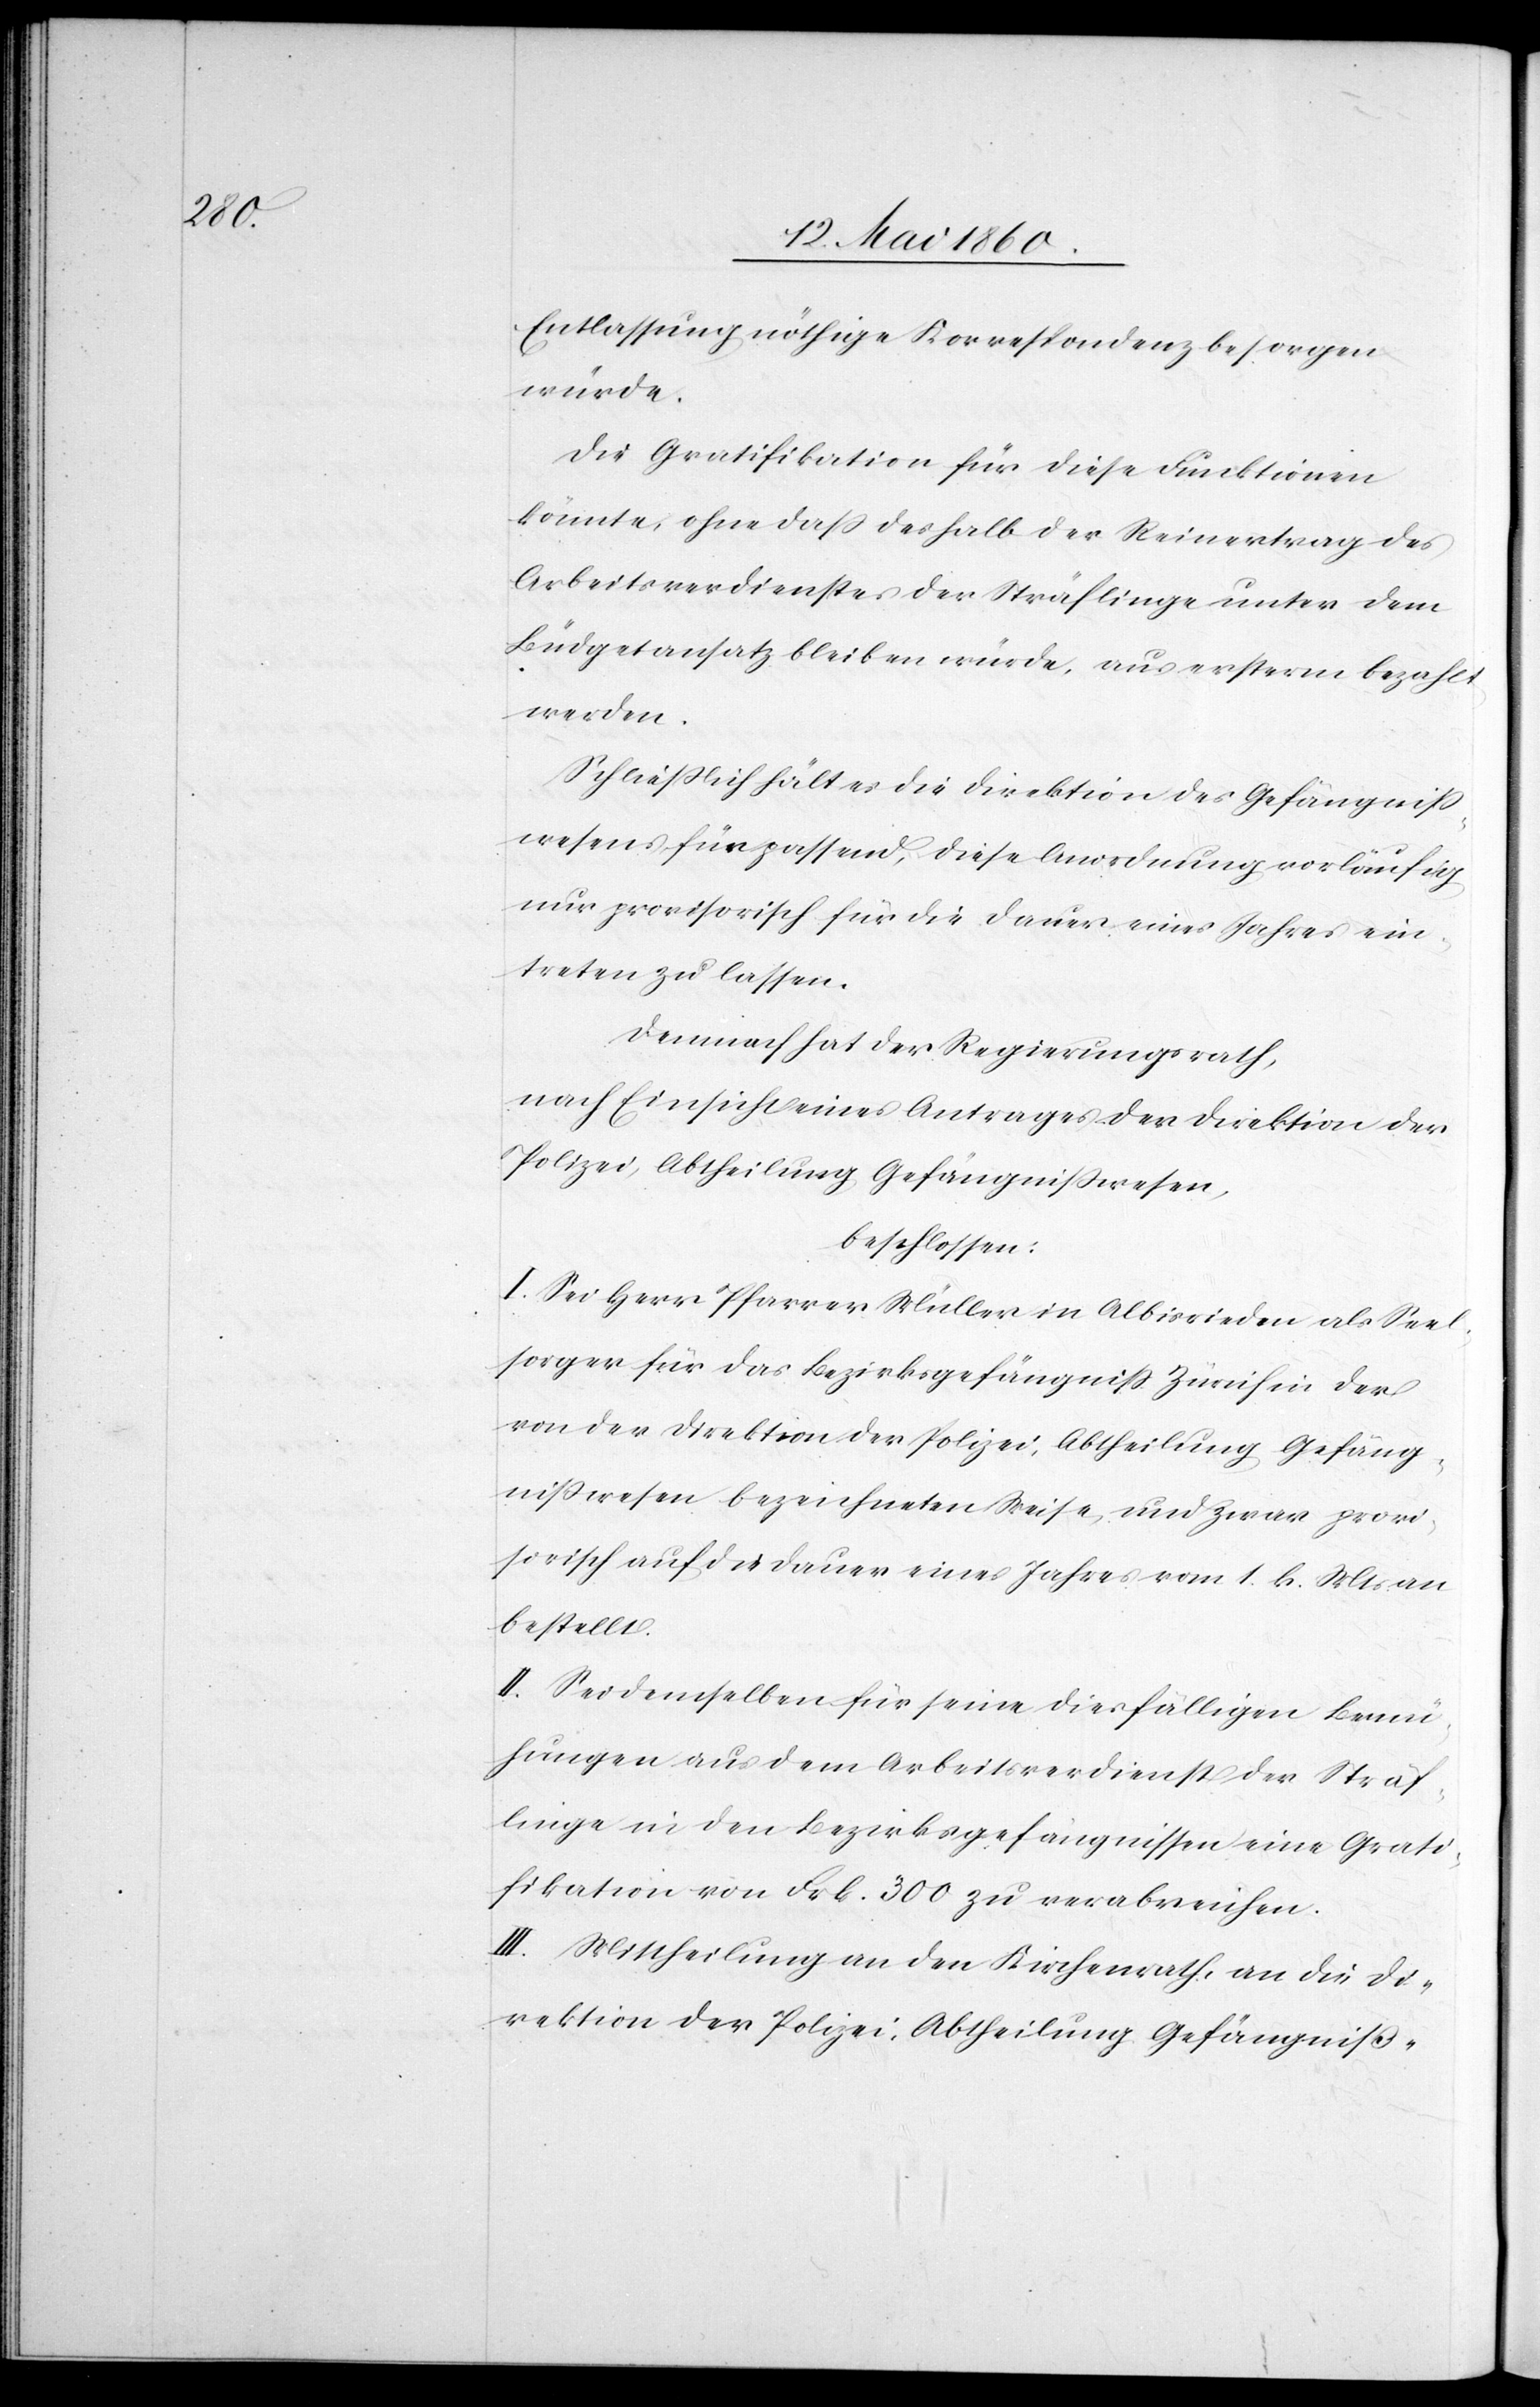
Entlassung nöthige Korrespondenz besorgen
würde.
Die Gratifikation für diese Funktionen
könnte, ohne dass deshalb der Reinertrag des
Arbeitsverdienstes der Sträflinge unter dem
Büdgetansatz bleiben würde, aus ersterm bezahlt
werden.
Schliesslich hält es die Direktion des Gefängniss¬
wesens für passend, diese Anordnung vorläufig
nur provisorisch für die Dauer eines Jahres ein¬
treten zu lassen.
Demnach hat der Regierungsrath,
nach Einsicht eines Antrages der Direktion der
Polizei, Abtheilung Gefängnisswesen,
beschlossen:
I. Sei dem Herr Pfarrer Müller in Albisrieden als Seel¬
sorger für das Bezirksgefängniss Zürich in der
von der Direktion der Polizei, Abtheilung Gefäng¬
nisswesen bezeichneten Weise, und zwar provi¬
sorisch auf die Dauer eines Jahres vom 1. h. Mts. an
bestellt.
II. Sei demselben für seine diesfälligen Bemü¬
hungen aus dem Arbeitsverdienst der Sträf¬
linge in den Bezirksgefängnissen eine Grati¬
fikation von Frk. 300 zu verabreichen.
II. Mittheilung an den Kirchenrath, an die Di¬
rektion der Polizei, Abtheilung Gefängniss-